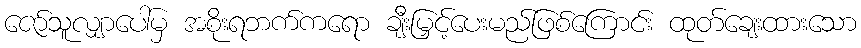
ဇော်သူလျှာပေါ်မှ အစိုးရဘက်ကရော ချီးမြှင့်ပေးမည်ဖြစ်ကြောင်း ထုတ်ချေးထားသော